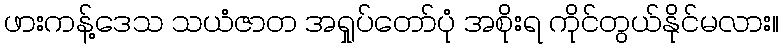
ဖားကန့်ဒေသ သယံဇာတ အရှုပ်တော်ပုံ အစိုးရ ကိုင်တွယ်နိုင်မလား။